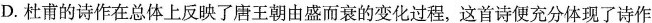
D. 杜甫的诗作在总体上反映了唐王朝由盛而衰的变化过程，这首诗便充分体现了诗作